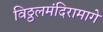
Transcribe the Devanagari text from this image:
विठ्ठलमंदिरामागे